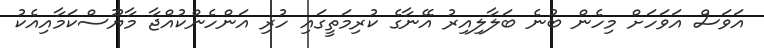
އަވަސް އަވަހަށް މިހެން ބުނެ ބަލާލިއިރު އޭނާގެ ކުރިމަތީގައި ހުރި އަންހެންކުއްޖާ މާޔޫސްކަމާއިއެކު